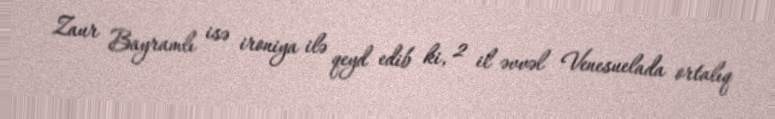
Zaur Bayramlı isə ironiya ilə qeyd edib ki, 2 il əvvəl Venesuelada ortalıq